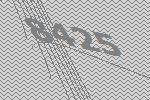
8425